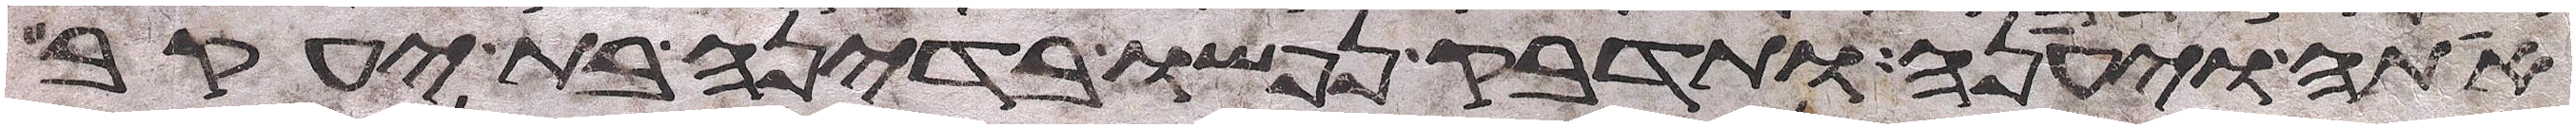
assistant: אתה ויענה ותדבק נפשו בדינה בת יעקב